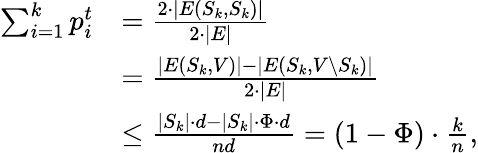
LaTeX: \begin{array}{rl}{\sum_{i=1}^{k}p_{i}^{t}}&{=\frac{2\cdot|E(S_{k},S_{k})|}{2\cdot|E|}}\\ &{=\frac{|E(S_{k},V)|-|E(S_{k},V\setminus S_{k})|}{2\cdot|E|}}\\ &{\leq\frac{|S_{k}|\cdot d-|S_{k}|\cdot\Phi\cdot d}{nd}=(1-\Phi)\cdot\frac{k}{n},}\end{array}